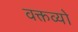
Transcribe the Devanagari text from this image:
वक्तव्यो